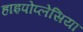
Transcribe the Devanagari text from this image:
हाइपोप्लेसिया